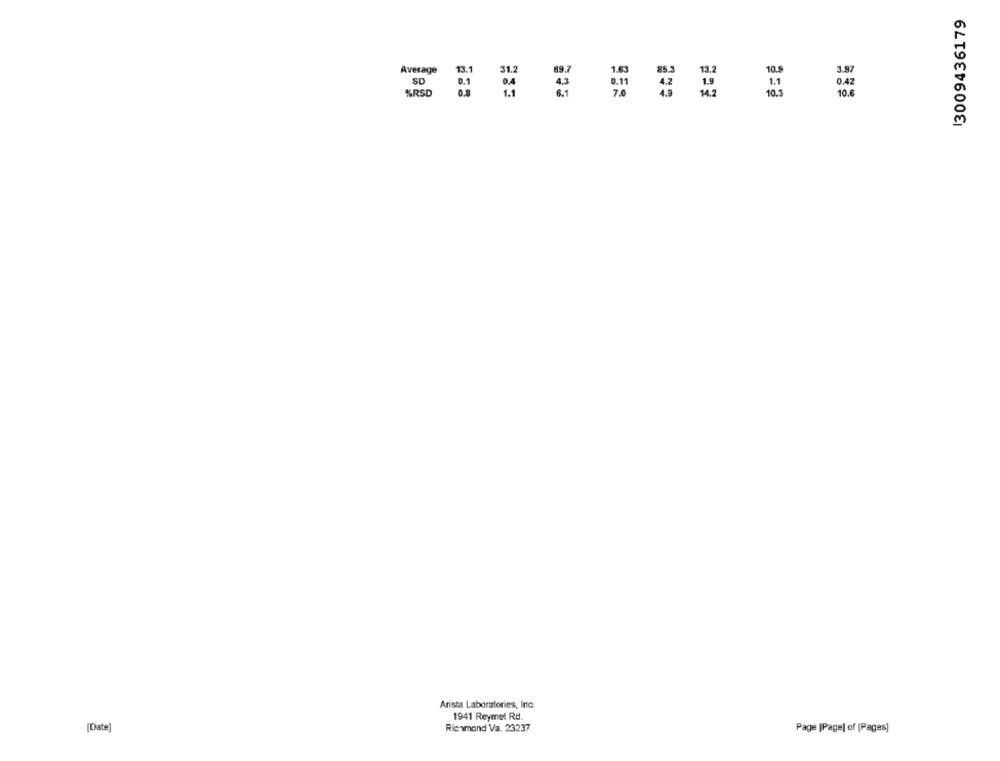
13009436179
EGE
Average
13.1
31.2
1.63
85.3
13.2
10.8
SD
%RSD
10.
Arista Laboratories, Inc.
1941 Reymel Rd.
[Date]
Richmond Va. 23237
Page [Page] of [Pages]